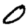
Digit: 0